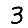
Digit: 3